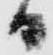
日